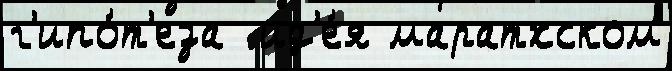
г'ипо́т'еза  ид'е́я маратхском